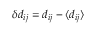
\delta d _ { i j } = d _ { i j } - \langle d _ { i j } \rangle